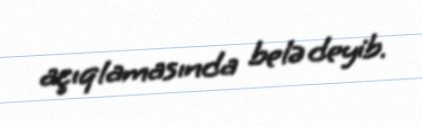
açıqlamasında belə deyib.